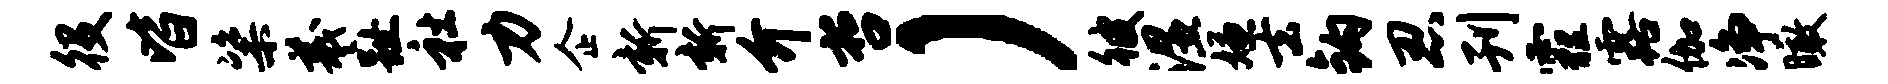
役皆粢羲趾社力企新新介哲）彼湿嫌去钩忍刊霾露伽净瞰